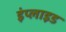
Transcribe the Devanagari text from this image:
इंप्लाइड